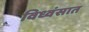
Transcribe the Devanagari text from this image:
विध्वंसात